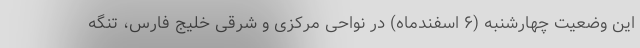
این وضعیت چهارشنبه (۶ اسفندماه) در نواحی مرکزی و شرقی خلیج فارس، تنگه